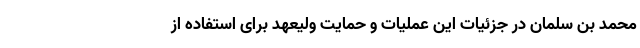
محمد بن سلمان در جزئیات این عملیات و حمایت ولیعهد برای استفاده از